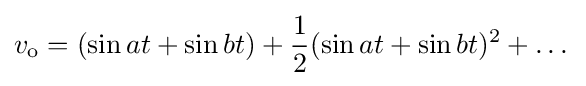
v_{\mathrm {o} }=(\sin at+\sin bt)+{\frac {1}{2}}(\sin at+\sin bt)^{2}+\dots